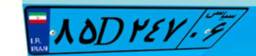
۶۲D۰۲۴۳۷